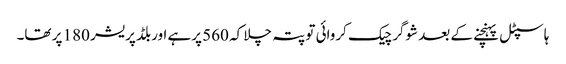
ہاسپٹل پہنچنے کے بعد شوگر چیک کروائی تو پتہ چلا کہ 560 پرہے اوربلڈ پریشر 180 پر تھا۔